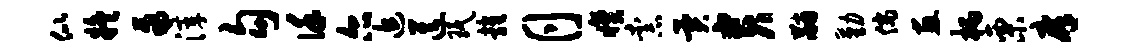
似疑聚滓勾谨尔追送珉雍月睽柰异贵黼勤倘惠柄栗庠